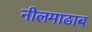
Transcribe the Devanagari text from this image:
नीलमाढाब